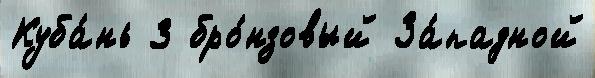
Куба́нь 3 бро́нзовый За́падной